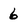
Character: 6